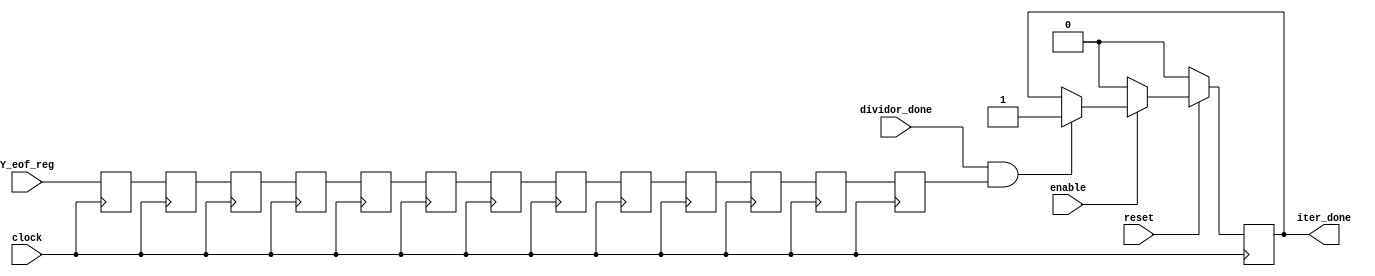
module iter_done_calc(dividor_done,Y_eof_reg,iter_done,clock,reset,enable);

input clock,enable,reset;
input dividor_done,Y_eof_reg;
output reg iter_done;

reg dividor_done_reg,Y_eof_p1,Y_eof_p2,Y_eof_p3,Y_eof_p4,Y_eof_p5,Y_eof_p6,Y_eof_p7,Y_eof_p8,Y_eof_p9,Y_eof_p10,Y_eof_p11,Y_eof_p12,Y_eof_p13,Y_eof_p14,
	Y_eof_p15,Y_eof_t;
always@(posedge clock)
begin
if(!reset)
	iter_done<=1'b0;
else
	begin
	if(!enable)
	iter_done<=1'b0;
	else if(dividor_done&&Y_eof_t)
	iter_done<=1'b1;
	end
end
always@(posedge clock)
begin
dividor_done_reg<=dividor_done;
Y_eof_p1<=Y_eof_reg;
Y_eof_p2<=Y_eof_p1;
Y_eof_p3<=Y_eof_p2;
Y_eof_p4<=Y_eof_p3;
Y_eof_p5<=Y_eof_p4;
Y_eof_p6<=Y_eof_p5;
Y_eof_p7<=Y_eof_p6;
Y_eof_p8<=Y_eof_p7;
Y_eof_p9<=Y_eof_p8;
Y_eof_p10 <=Y_eof_p9;
Y_eof_p11 <=Y_eof_p10;
Y_eof_p12 <=Y_eof_p11;
//Y_eof_p13 <=Y_eof_p12;
//Y_eof_p14 <=Y_eof_p13;
//Y_eof_p15 <=Y_eof_p14;

Y_eof_t<=Y_eof_p12;
end


endmodule